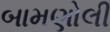
બામણોલી